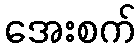
အေးစက်